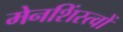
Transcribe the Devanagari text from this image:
मेनशिंस्त्वों